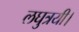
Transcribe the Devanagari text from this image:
लघुत्रयी।